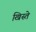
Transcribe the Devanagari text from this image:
खिस्ते